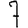
Digit: 7